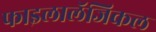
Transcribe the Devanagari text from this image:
फाइलालॅजिकल